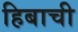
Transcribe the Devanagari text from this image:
हिबाची